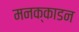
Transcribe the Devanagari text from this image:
मनक्काडन